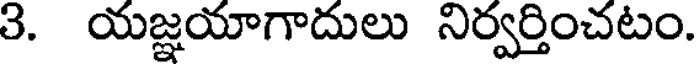
3. యజ్ఞయాగాదులు నిర్వర్తించటం.